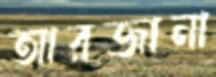
আরজানা